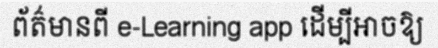
ព័ត៌មានពី e-Learning app ដើម្បីអាចឱ្យ